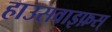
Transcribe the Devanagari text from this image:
हाउसवाइफ़स्